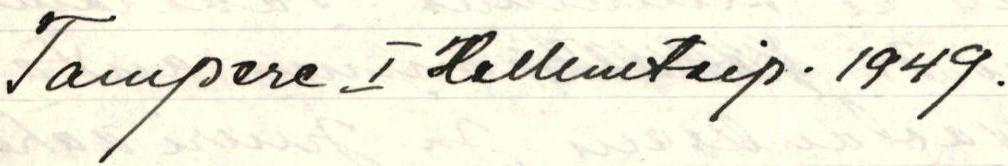
Tampere I Helluntaip. 1949.